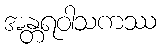
အန္တရဝါသကဿ